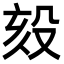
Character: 㱾